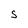
Character: S